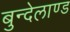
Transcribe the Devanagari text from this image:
बुन्देलाण्ड